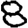
Digit: 8